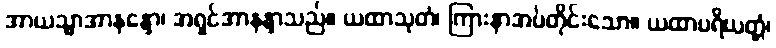
အာယသ္မာအာနန္ဒော၊ အရှင်အာနန္ဒာသည်။ ယထာသုတံ၊ ကြားနာအပ်တိုင်းသော။ ယထာပရိယတ္တံ၊